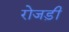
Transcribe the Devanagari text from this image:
रोजड़ी